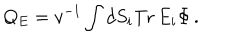
LaTeX: Q _ { E } = v ^ { - 1 } \int d S _ { i } \mathrm { T r } \, E _ { i } \Phi \, .